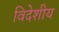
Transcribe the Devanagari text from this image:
विदेशीय